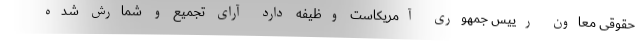
حقوقی معاون رییس جمهوری آمریکاست وظیفه دارد آرای تجمیع و شمارش شده